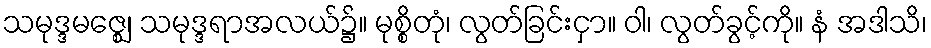
သမုဒ္ဒမဇ္ဈေ၊ သမုဒ္ဒရာအလယ်၌။ မုစ္စိတုံ၊ လွတ်ခြင်းငှာ။ ဝါ၊ လွတ်ခွင့်ကို။ နံ အဒါသိ၊